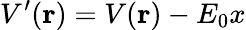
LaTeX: V^{\prime}(\textbf{r})=V(\textbf{r})-E_{0}x